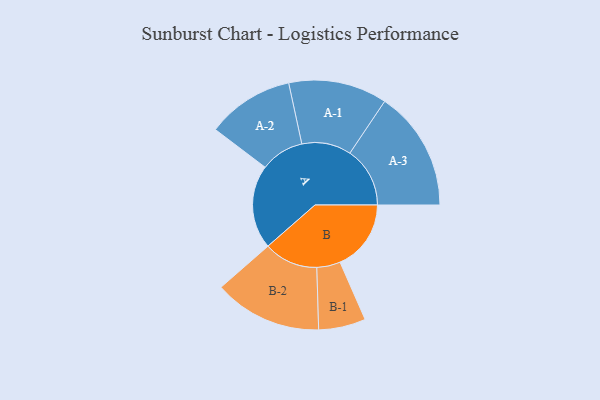
{"axis": {"x": "Segment", "y": "Value"}, "legend": ["", "A", "B"], "data": [{"x": "A", "y": 406, "type": ""}, {"x": "B", "y": 344, "type": ""}, {"x": "A-1", "y": 239, "type": "A"}, {"x": "A-2", "y": 211, "type": "A"}, {"x": "A-3", "y": 291, "type": "A"}, {"x": "B-1", "y": 114, "type": "B"}, {"x": "B-2", "y": 262, "type": "B"}]}